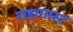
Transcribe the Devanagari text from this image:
राडागास्ट